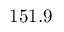
1 5 1 . 9